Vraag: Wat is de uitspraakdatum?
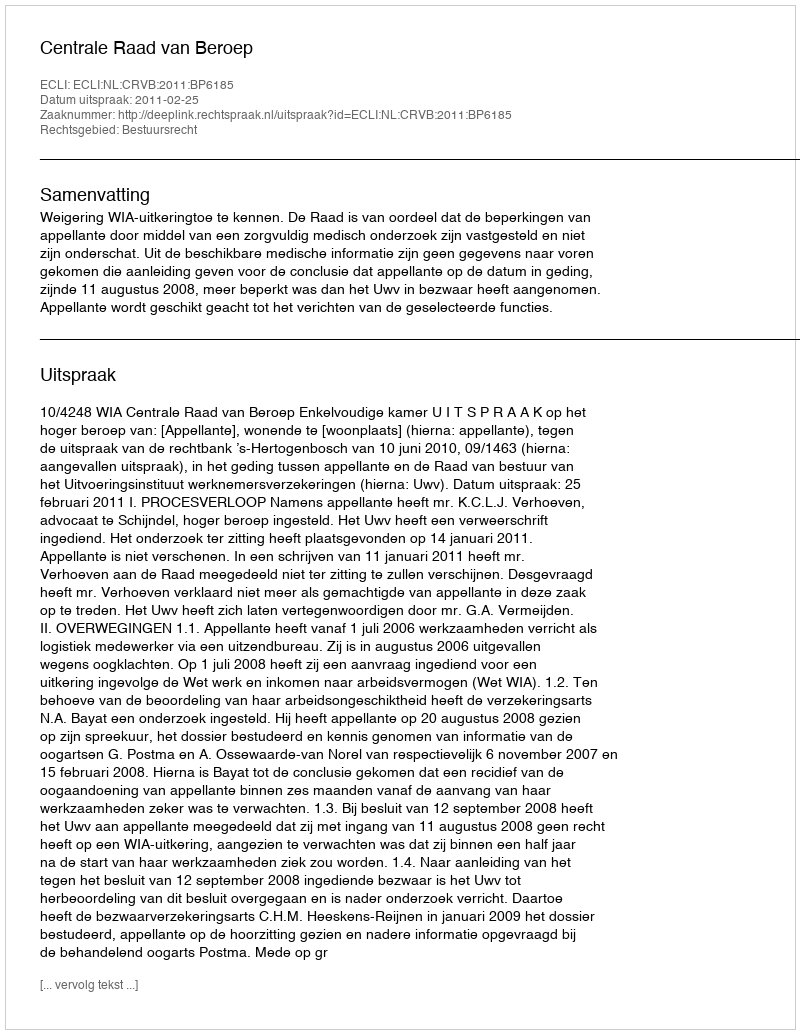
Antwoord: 2011-02-25